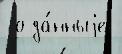
 о да́нныjе